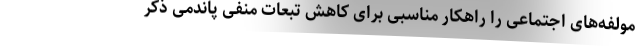
مولفه‌های اجتماعی را راهکار مناسبی برای کاهش تبعات منفی پاندمی ذکر